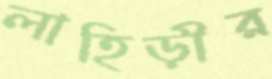
লাহিড়ীর